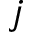
j